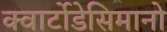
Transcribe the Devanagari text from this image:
क्वार्टोडेसिमानो